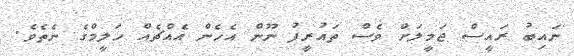
ނައިބު ރައީސް ޖަމީލަށް ވެސް ތައުރީފު ނޫން އެހެން އެއްޗެއް ހަލީމްގެ ނެތެވެ.